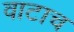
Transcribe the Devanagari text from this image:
वाटाच